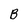
Character: B